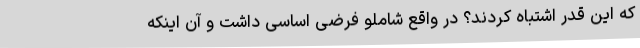
که این قدر اشتباه کردند؟ در واقع شاملو فرضی اساسی داشت و آن اینکه